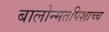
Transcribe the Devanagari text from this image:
बालोन्मतपिशाच्च